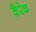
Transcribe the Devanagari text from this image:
कैरेक